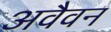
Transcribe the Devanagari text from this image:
अवैवन